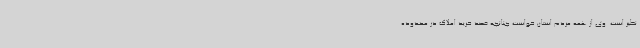
نظیر است. وی از همه مردم استان خواست چنانچه قصد خرید املاک در محدوده